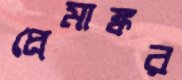
প্রেমাঙ্কর